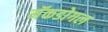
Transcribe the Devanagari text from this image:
मॅकडोगल